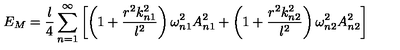
E _ { M } = \frac { l } { 4 } \sum _ { n = 1 } ^ { \infty } \left[ \left( 1 + \frac { r ^ { 2 } k _ { n 1 } ^ { 2 } } { l ^ { 2 } } \right) \omega _ { n 1 } ^ { 2 } A _ { n 1 } ^ { 2 } + \left( 1 + \frac { r ^ { 2 } k _ { n 2 } ^ { 2 } } { l ^ { 2 } } \right) \omega _ { n 2 } ^ { 2 } A _ { n 2 } ^ { 2 } \right]